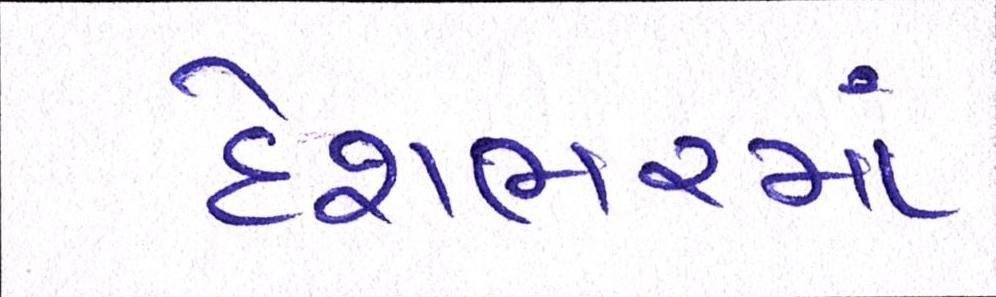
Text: દેશભરમાં